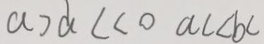
a > d < < o c c < b c